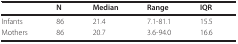
<table><thead><tr><td></td><td><b>N</b></td><td><b>Median</b></td><td><b>Range</b></td><td><b>IQR</b></td></tr></thead><tbody><tr><td>Infants</td><td>86</td><td>21.4</td><td>7.1-81.1</td><td>15.5</td></tr><tr><td>Mothers</td><td>86</td><td>20.7</td><td>3.6-94.0</td><td>16.6</td></tr></tbody></table>